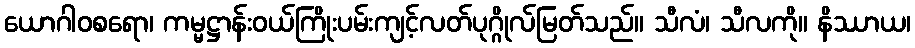
ယောဂါဝစရော၊ ကမ္မဋ္ဌာန်းဝယ်ကြိုးပမ်းကျင့်လတ်ပုဂ္ဂိုလ်မြတ်သည်။ သီလံ၊ သီလကို။ နိဿာယ၊